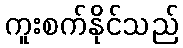
ကူးစက်နိုင်သည်